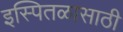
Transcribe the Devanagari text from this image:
इस्पितळासाठी